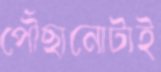
পৌঁছানোটাই